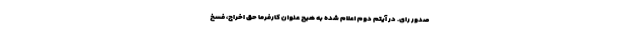
صدور رای. در آیتم دوم اعلام شده به هیچ عنوان کارفرما حق اخراج، فسخ